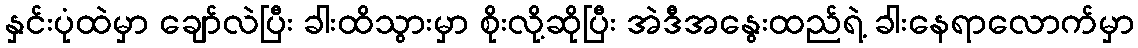
နှင်းပုံထဲမှာ ချော်လဲပြီး ခါးထိသွားမှာ စိုးလို့ဆိုပြီး အဲဒီအနွေးထည်ရဲ့ ခါးနေရာလောက်မှာ